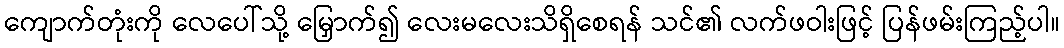
ကျောက်တုံးကို လေပေါ်သို့ မြှောက်၍ လေးမလေးသိရှိစေရန် သင်၏ လက်ဖဝါးဖြင့် ပြန်ဖမ်းကြည့်ပါ။